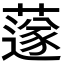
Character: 𦼯